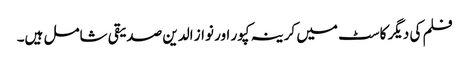
فلم کی دیگر کاسٹ میں کرینہ کپور اور نواز الدین صدیقی شامل ہیں۔